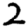
Digit: 2